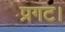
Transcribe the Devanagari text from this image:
प्रगट।